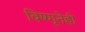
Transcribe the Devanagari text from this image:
विष्णूनेही